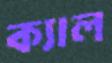
ক্যাল